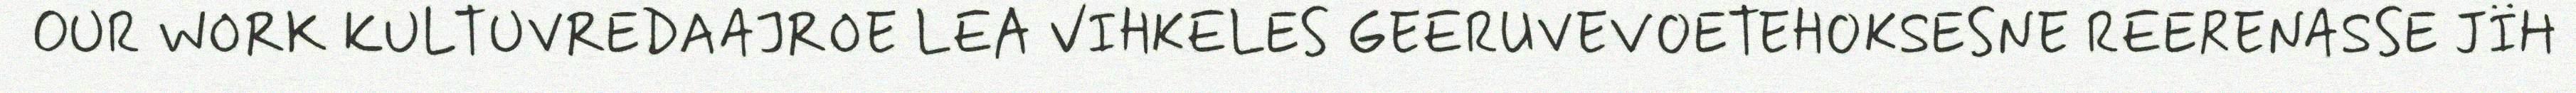
OUR WORK KULTUVREDAAJROE LEA VIHKELES GEERUVEVOETEHOKSESNE REERENASSE JÏH